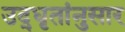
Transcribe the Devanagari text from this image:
उद्‌धृतांनुसार